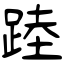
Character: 踛